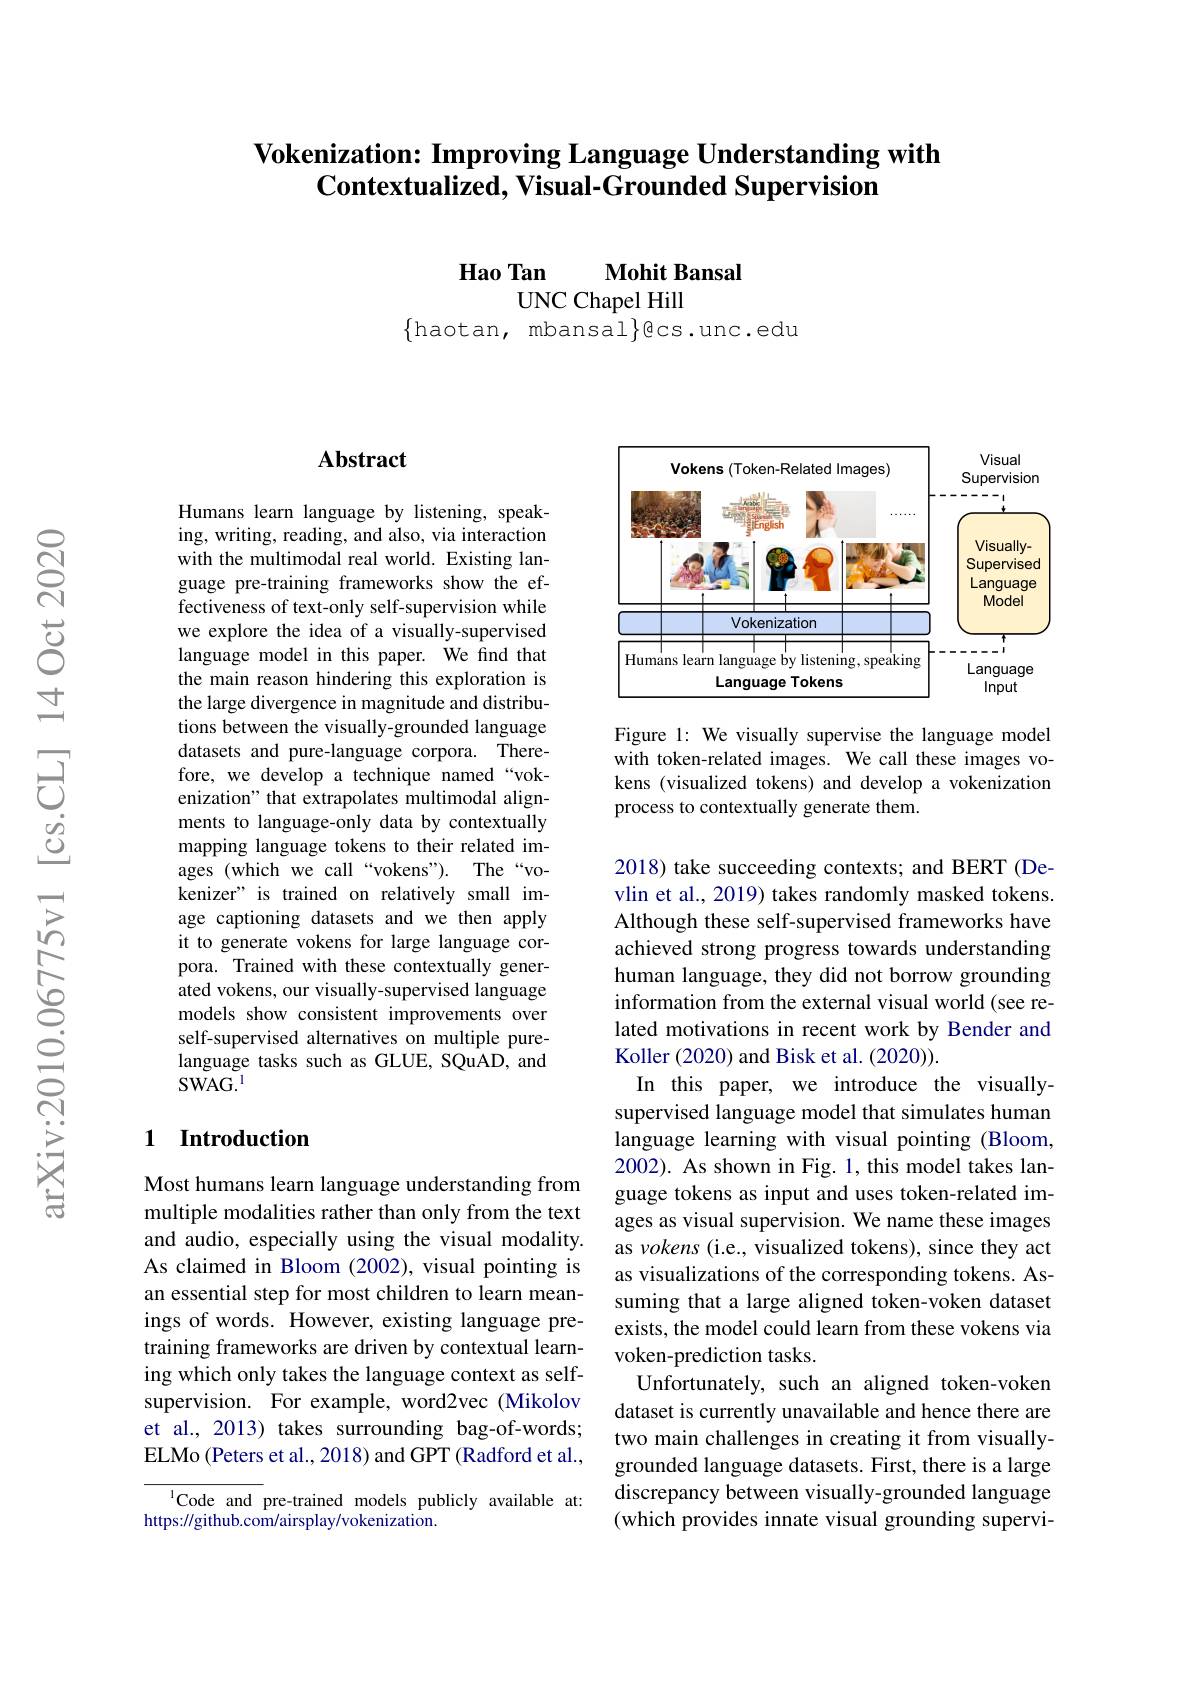
# Vokenization: Improving Language Understanding with $\textbf{Contextualized, Visual- Grounded Supervision}$

Hao Tan
$\mathbf{Mohit}$ Bansal
UNC Chapel Hill
$\{$haotan, mbansal$\}$ecs.unc.edu

### $\mathbf{Abstract}$

Humans learn language by listening, speaking, writing, reading, and also, via interaction with the multimodal real world. Existing language pre-training frameworks show the effectiveness of text-only self-supervision while we explore the idea of a visually-supervised language model in this paper. We find that the main reason hindering this exploration is the large divergence in magnitude and distributions between the visually-grounded language datasets and pure-language corpora. Therefore, we develop a technique named“vokenization" that extrapolates multimodal alignments to language-only data by contextually mapping language tokens to their related images (which we call“vokens”). The“vokenizer" is trained on relatively small image captioning datasets and we then apply it to generate vokens for large language corpora. Trained with these contextually generated vokens, our visually-supervised language models show consistent improvements over self-supervised alternatives on multiple purelanguage tasks such as GLUE, SQuAD, and $SWAG.^{1}$

### 1 Introduction

Most humans learn language understanding from multiple modalities rather than only from the text and audio, especially using the visual modality. As claimed in Bloom (2002), visual pointing is an essential step for most children to learn meanings of words. However, existing language pretraining frameworks are driven by contextual learning which only takes the language context as selfsupervision. For example, word2vec (Mikolov et al., 2013) takes surrounding bag-of-words; ELMo (Peters et al., 2018) and GPT (Radford et al.,

$^{1}$Code and pre-trained models publicly available at:
https://github.com/airsplay/vokenization.

<FigureHere>

Figure 1: We visually supervise the language model with token-related images. We call these images vokens (visualized tokens) and develop a vokenization process to contextually generate them.

2018) take succeeding contexts; and BERT (Devlin et al., 2019) takes randomly masked tokens. Although these self-supervised frameworks have achieved strong progress towards understanding human language, they did not borrow grounding information from the external visual world (see related motivations in recent work by Bender and Koller (2020) and Bisk et al. (2020)).
In this paper, we introduce the visuallysupervised language model that simulates human language learning with visual pointing (Bloom, 2002). As shown in Fig. 1, this model takes language tokens as input and uses token-related images as visual supervision. We name these images as vokens (i.e., visualized tokens), since they act as visualizations of the corresponding tokens. Assuming that a large aligned token-voken dataset exists, the model could learn from these vokens via voken-prediction tasks.
Unfortunately, such an aligned token-voken dataset is currently unavailable and hence there are two main challenges in creating it from visuallygrounded language datasets. First, there is a large discrepancy between visually-grounded language (which provides innate visual grounding supervi-